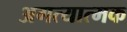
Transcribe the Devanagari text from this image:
अगत्यात्मक